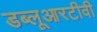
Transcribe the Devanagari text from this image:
डब्लूआरटीवी